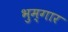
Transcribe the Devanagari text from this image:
भुम्गार